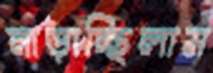
নাড়াচ্ছিলাম